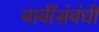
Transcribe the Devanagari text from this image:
बाबींसंबंधी